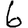
Digit: 6